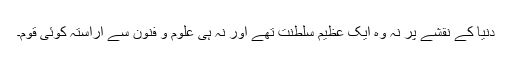
دنیا کے نقشے پر نہ وہ ایک عظیم سلطنت تھے اور نہ ہی علوم و فنون سے آراستہ کوئی قوم۔